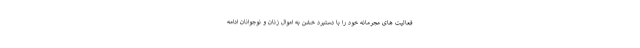
فعالیت های مجرمانه خود را با دستبرد خشن به اموال زنان و نوجوانان ادامه